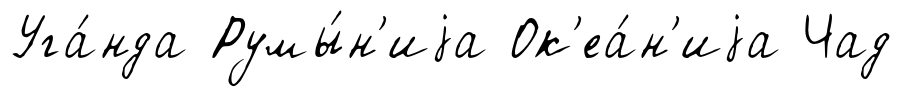
Уга́нда Румы́н'иjа Ок'еа́н'иjа Чад